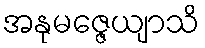
အနုမဇ္ဇေယျာသိ